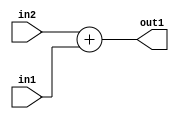
`timescale 1ps / 1ps
/*****************************************************************************
    Verilog RTL Description
    
    
    Created by: Stratus DpOpt 2019.1.01 
*******************************************************************************/

module st_weight_addr_gen_Add_8Ux8U_9U_4_2 (
	in2,
	in1,
	out1
	); /* architecture "behavioural" */ 
input [7:0] in2,
	in1;
output [8:0] out1;
wire [8:0] asc001;

assign asc001 = 
	+(in2)
	+(in1);

assign out1 = asc001;
endmodule

/* CADENCE  ubDzTg0= : u9/ySgnWtBlWxVPRXgAZ4Og= ** DO NOT EDIT THIS LINE ******/